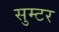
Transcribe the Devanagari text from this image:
सुम्टर